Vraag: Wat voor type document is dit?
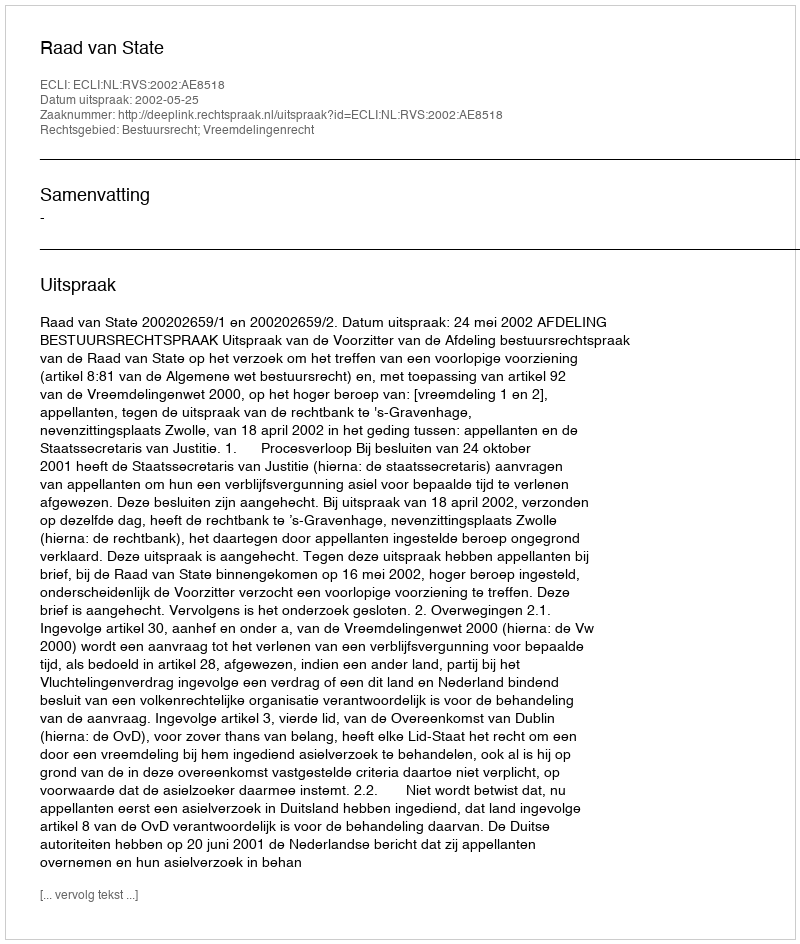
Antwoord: Uitspraak